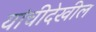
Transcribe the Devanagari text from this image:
यांचीदेखील